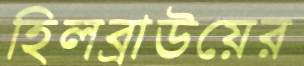
হিলব্রাউয়ের